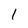
Character: 1